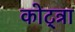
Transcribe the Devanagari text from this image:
कोट्त्रा